画像に写った文字を読んでください
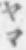
「ヤマ」と書いてあります